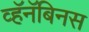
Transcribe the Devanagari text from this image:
व्हॅनॅबिनस